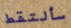
سألتقط